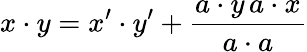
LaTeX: x\cdot y=x^{\prime}\cdot y^{\prime}+{\frac{a\cdot y\, a\cdot x}{a\cdot a}}